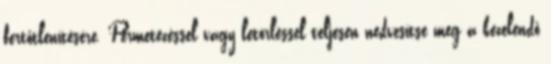
fertőtlenítésére. Permetezéssel vagy letörléssel teljesen nedvesítse meg a kezelendő